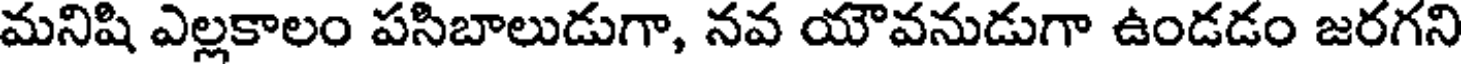
మనిషి ఎల్లకాలం పసిబాలుడుగా, నవ యౌవనుడుగా ఉండడం జరగని